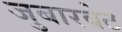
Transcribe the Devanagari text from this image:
जुबारबेट